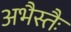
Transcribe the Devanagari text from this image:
अभैस्तैः